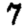
Digit: 7